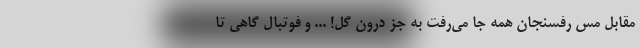
مقابل مس رفسنجان همه جا می‌رفت به جز درون گل! ... و فوتبال گاهی تا